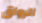
الرواق